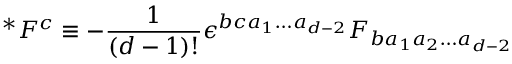
~ ^ { * } F ^ { c } \equiv - \frac { 1 } { ( d - 1 ) ! } \epsilon ^ { b c a _ { 1 } \ldots a _ { d - 2 } } F _ { b a _ { 1 } a _ { 2 } \ldots a _ { d - 2 } } \nonumber